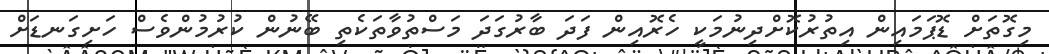
މިގޮތަށް ޑޮޕަމައިން އިތުރުކޮށްދިނުމަކީ ހެރޮއިން ފަދަ ބާރުގަދަ މަސްތުވާތަކެތި ބޭނުން ކުރުމުންވެސް ހަށިގަނޑަށް